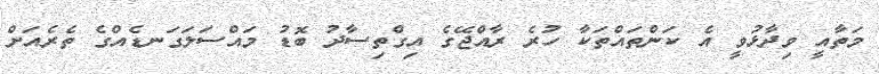
މަތާއީ ވިދާޅުވީ އެ ކަންތައްތަކާ ހުރެ ރާއްޖޭގެ އިގްތިސާދު ބޮޑު މައްސަލަގަނޑެއްގެ ތެރެއަށް